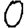
Digit: 0